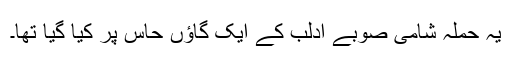
یہ حملہ شامی صوبے ادلب کے ایک گاؤں حاس پر کیا گیا تھا۔